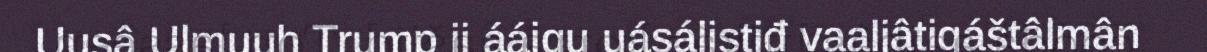
Uusâ Ulmuuh Trump ij ááigu uásálistiđ vaaljâtigáštâlmân